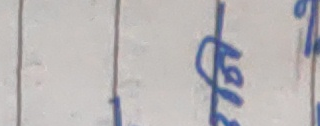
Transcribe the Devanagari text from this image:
१९५०